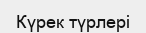
Күрек түрлері